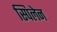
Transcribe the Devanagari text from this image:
स्पिलेन